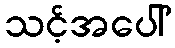
သင့်အပေါ်